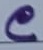
Text: C